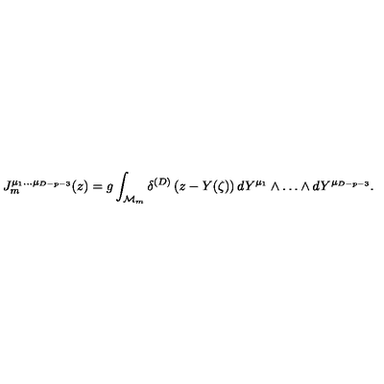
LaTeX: J _ { m } ^ { \mu _ { 1 } \ldots \mu _ { D - p - 3 } } ( z ) = g \int _ { { \cal M } _ { m } } \delta ^ { ( D ) } \left( z - Y ( \zeta ) \right) d Y ^ { \mu _ { 1 } } \wedge \ldots \wedge d Y ^ { \mu _ { D - p - 3 } } .